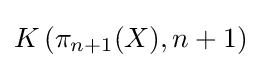
K\left(\pi _{n+1}(X),n+1\right)